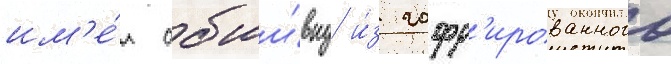
им'е́л обши́вку и́з гофр'ированного